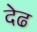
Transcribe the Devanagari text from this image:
देढ